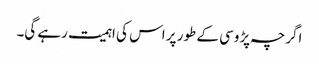
اگرچہ پڑوسی کے طور پر اس کی اہمیت رہے گی۔